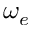
\omega _ { e }